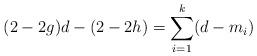
LaTeX: \begin{align*}(2-2g)d-(2-2h)=\sum_{i=1}^{k}(d-m_i)\end{align*}